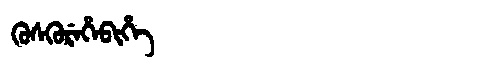
Manchu: ᡴᡠᠰᡴᡠᡵᡝᡥᡝᠪᡳᡥᡝ
Romanization: KUSKUREHEBIHE